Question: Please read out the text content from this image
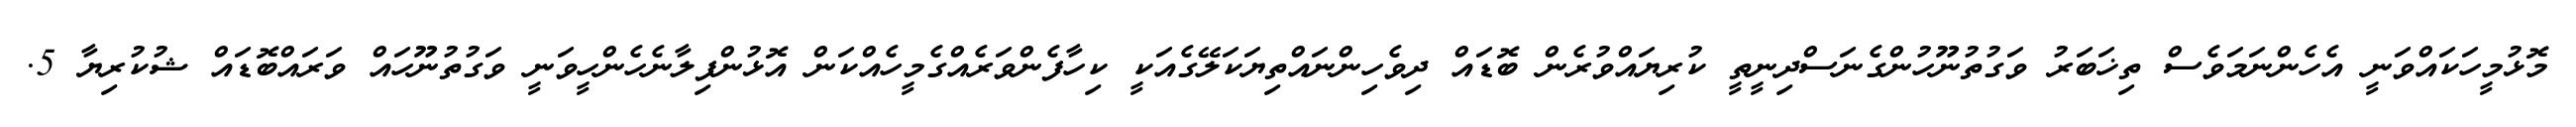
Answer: މޮޅުމީހަކައްވަނީ އެހެންނަމަވެސް ތިޚަބަރު ވަގުތުނޫހުންގެނަސްދިނީތީ ކުރިޔައްވުރެން ބޮޑައް ދިވެހިންނައްތިޔަކަލޭގެއަކީ ކިހާފެންވަރެއްގެމީހެއްކަން އޮޅުންފިލާނެހެންހީވަނީ ވަގުތުނޫހައް ވަރައްބޮޑައް ޝުކުރިޔާ 5.